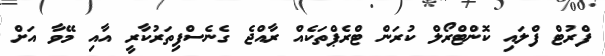
ފްރުޓް ފްލައި ކޮންޓްރޯލް ކުރަން ޓްރެޕްތަކެއް ރާއްޖެ ގެނެސްފިތަރުކާރީ އާއި މޭވާ އަށް